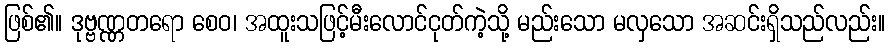
ဖြစ်၏။ ဒုဗ္ဗဏ္ဏတရော စေဝ၊ အထူးသဖြင့်မီးလောင်ငုတ်ကဲ့သို့ မည်းသော မလှသော အဆင်းရှိသည်လည်း။